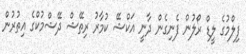
ފިލްމުގެ ލީޑް ރޯލުން ފެނިގެން ދާނީ އަކްޝޭ ކުމާރު ރިތޭޝް ދޭޝްމުކްގެ އިތުރުން